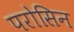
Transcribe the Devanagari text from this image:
परोसिन